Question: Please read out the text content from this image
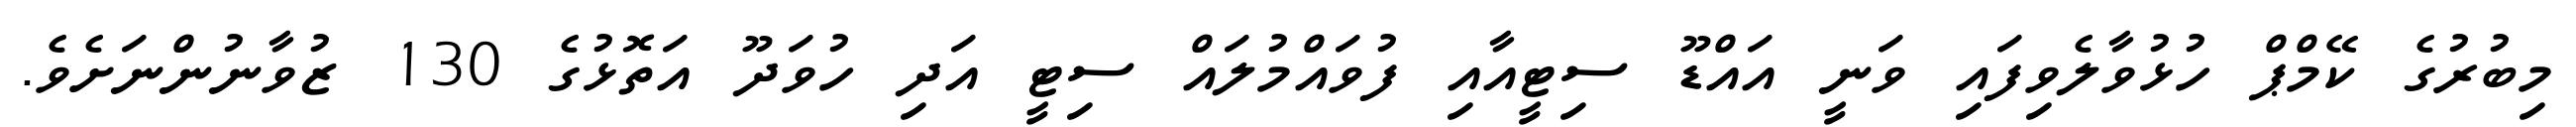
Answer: މިބުރުގެ ކޭމްޕް ހުޅުވާލެވިފައި ވަނީ އައްޑޫ ސިޓީއާއި ފުވައްމުލައް ސިޓީ އަދި ހުވަދޫ އަތޮޅުގެ 130 ޒުވާނުންނަށެވެ.